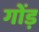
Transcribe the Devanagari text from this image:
गोंड़